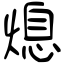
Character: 熄